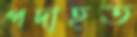
পদাহত